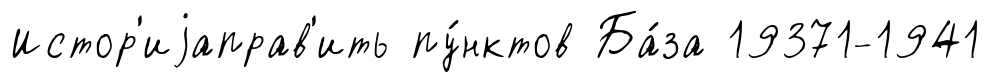
Истор'иjаправ'ить пу́нктов Ба́за 19371-1941